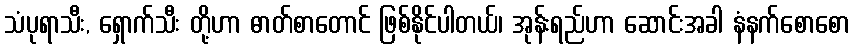
သံပုရာသီး, ရှောက်သီး တို့ဟာ ဓာတ်စာတောင် ဖြစ်နိုင်ပါတယ်၊ အုန်းရည်ဟာ ဆောင်းအခါ နံနက်စောစော